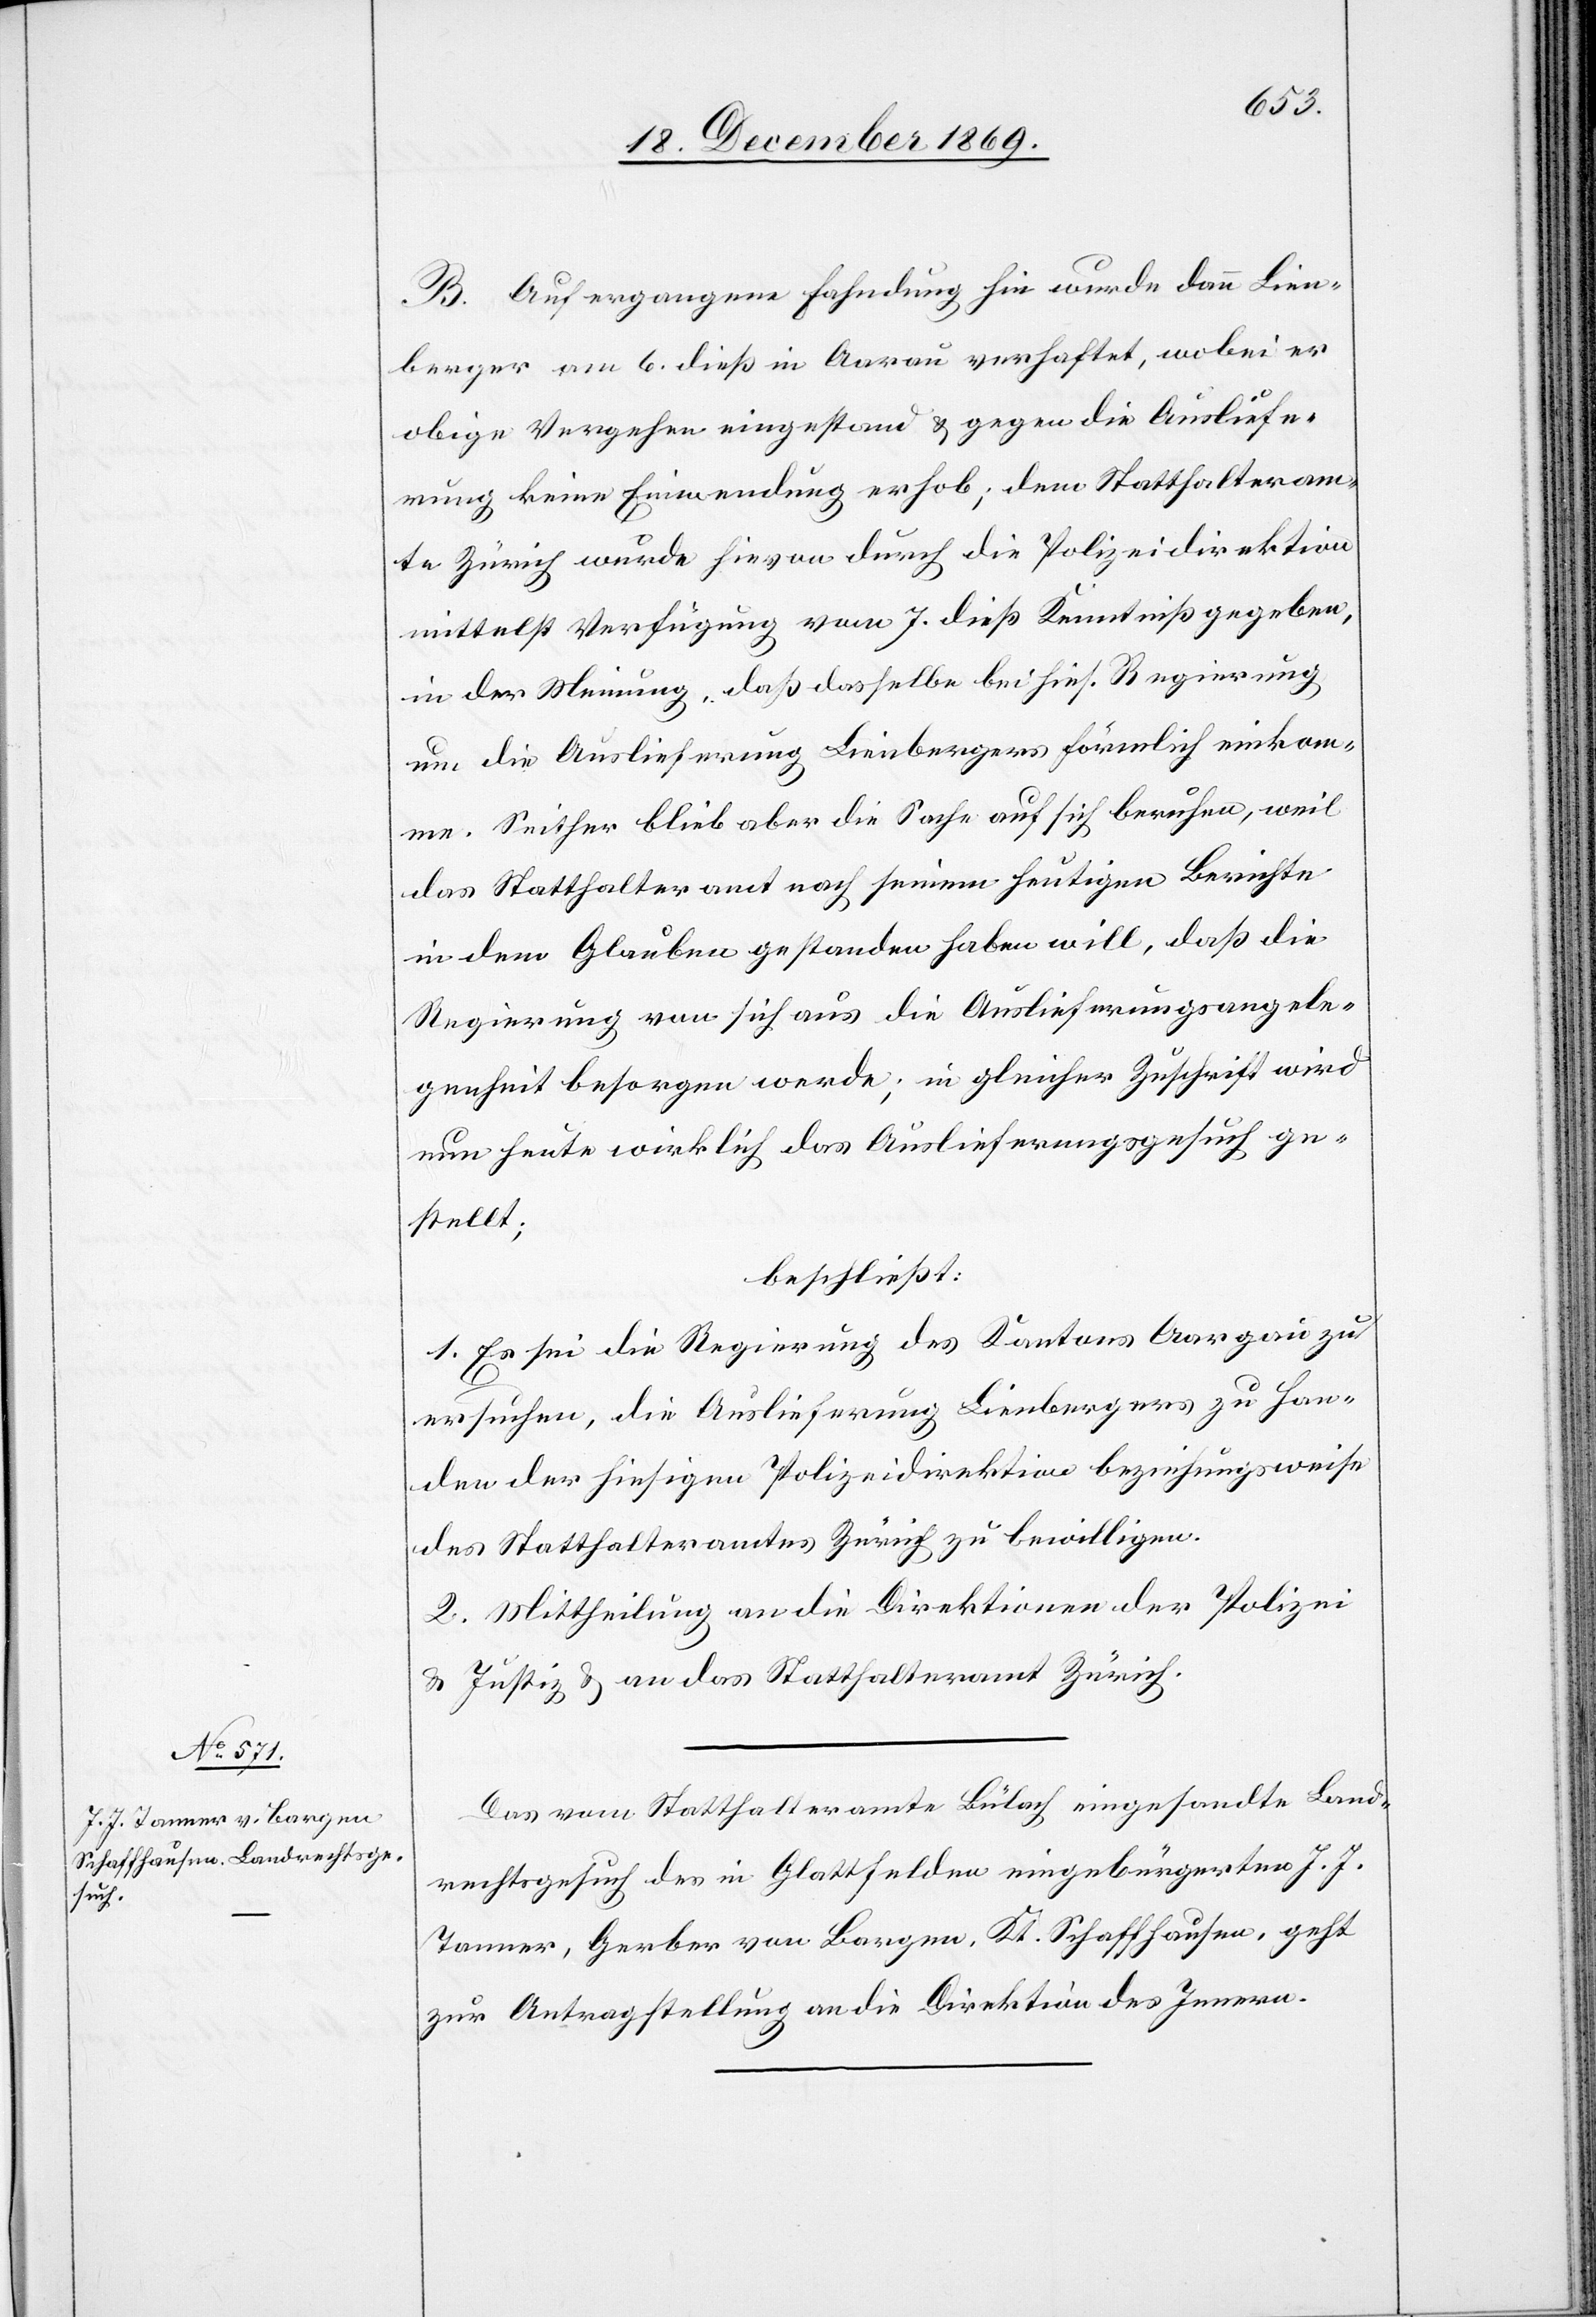
20. December 1869.]
B. Auf ergangene Fahndung hin wurde dann Lien¬
berger am 6. dieß in Aarau verhaftet, wobei er
obige Vergehen eingestand & gegen die Ausliefe¬
rung keine Einwendung erhob; dem Statthalteram¬
te Zürich wurde hievon durch die Polizeidirektikon
mittelst Verfügung vom 7. dieß Kenntniß gegeben,
in der Meinung, daß dasselbe bei hies. Regierung
um die Auslieferung Lienbergers förmlich einkom¬
me. Seither blieb aber die Sache auf sich beruhen, weil
das Statthalteramt nach seinem heutigen Berichte
in dem Glauben gestanden haben will, daß die
Regierung von sich aus die Auslieferungsangele¬
genheit besorgen werde; in gleicher Zuschrift wird
nun heute wirklich das Auslieferungsgesuch ge¬
stellt;
beschließt:
1. Es sei die Regierung des Kantons Aargau zu
ersuchen, die Auslieferung Lienbergers zu Han¬
den der hiesigen Polizeidirektion beziehungsweise
des Statthalteramtes Zürich zu bewilligen.
2. Mittheilung an die Direktionen der Polizei
& Justiz & an das Statthalteramt Zürich.
Das vom Statthalteramte Bülach eingesandte Land¬
rechtsgesuch des in Glattfelden eingebürgerten J. J.
Tanner, Gerber von Bargen, Kt. Schaffhausen, geht
zur Antragstellung an die Direktion des Innern.